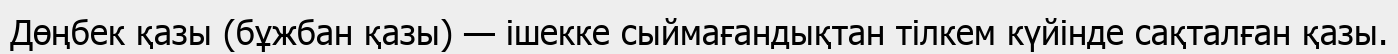
Дөңбек қазы (бұжбан қазы) — ішекке сыймағандықтан тілкем күйінде сақталған қазы.